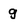
Character: g